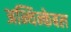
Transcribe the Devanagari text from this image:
अन्थिन्केबल